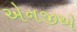
એનજીએ